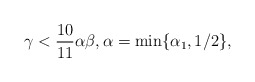
\begin{align*} \gamma<\frac{10}{11 }\alpha\beta,\alpha=\min\{\alpha_1,1/2 \}, \end{align*}